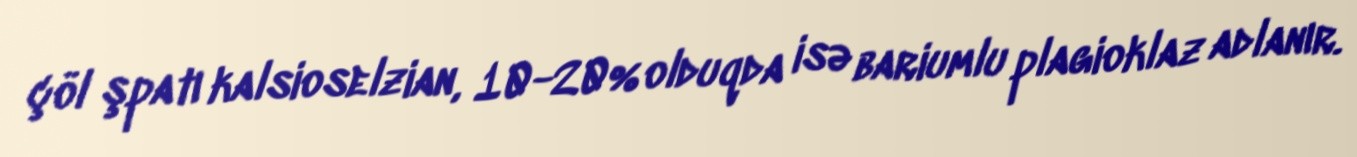
çöl şpatı kalsioselzian, 10-20% olduqda isə bariumlu plagioklaz adlanır.